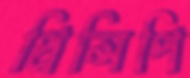
প্রিন্সিপি